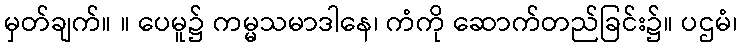
မှတ်ချက်။ ။ ပေမူ၌ ကမ္မသမာဒါနေ၊ ကံကို ဆောက်တည်ခြင်း၌။ ပဌမံ၊